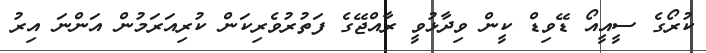
ކުރޯގެ ސީއީއޯ ޑޭވިޑް ކީން ވިދާޅުވީ ރާއްޖޭގެ ފަތުރުވެރިކަން ކުރިއަރަމުން އަންނަ އިރު